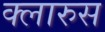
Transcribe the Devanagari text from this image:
क्लारुस